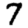
Digit: 7